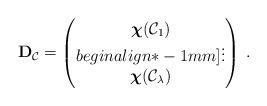
LaTeX: \begin{align*} \mathbf{D}_{\mathcal{C}}= \begin{pmatrix}\boldsymbol{\chi}(\mathcal{C}_1)\\begin{align*}-1mm]\vdots\\\boldsymbol{\chi}(\mathcal{C}_\lambda)\end{pmatrix}\,.\end{align*}